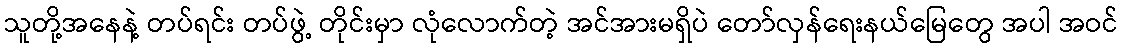
သူတို့အနေနဲ့ တပ်ရင်း တပ်ဖွဲ့ တိုင်းမှာ လုံလောက်တဲ့ အင်အားမရှိပဲ တော်လှန်ရေးနယ်မြေတွေ အပါ အဝင်